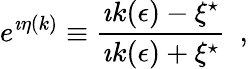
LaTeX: e^{\imath\eta(k)}\equiv{\frac{\imath k(\epsilon)-\xi^{\star}}{\imath k(\epsilon)+\xi^{\star}}}~~,